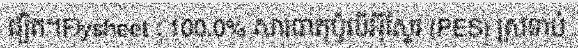
ផ្សិត។Flysheet : 100.0% សារធាតុប៉ូលីអ៊ីស្ទែរ (PES) ស្រទាប់